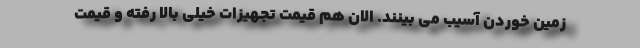
زمین خوردن آسیب می بینند. الان هم قیمت تجهیزات خیلی بالا رفته و قیمت